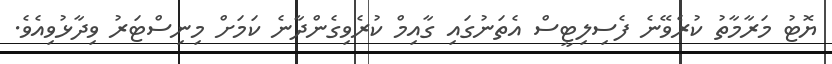
ޔޮޓު މަރާމާތު ކުރެވޭނެ ފެސިލިޓީސް އެތަނުގައި ގާއިމް ކުރެވިގެންދާނެ ކަމަށް މިނިސްޓަރު ވިދާޅުވިއެވެ.